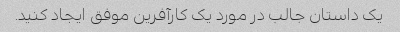
یک داستان جالب در مورد یک کارآفرین موفق ایجاد کنید.